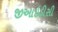
જીઆઇડીસી